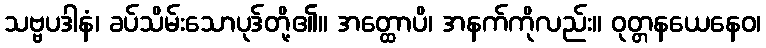
သဗ္ဗပဒါနံ၊ ခပ်သိမ်းသောပုဒ်တို့၏။ အတ္ထောပိ၊ အနက်ကိုလည်း။ ဝုတ္တနယေနေဝ၊